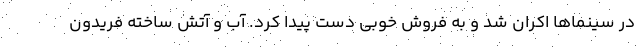
در سینماها اکران شد و به فروش خوبی دست پیدا کرد. آب و آتش ساخته فریدون